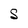
Character: S